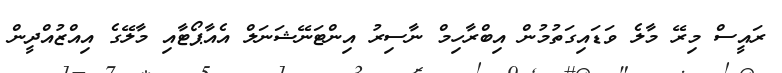
ރައީސް މިރޭ މާލެ ވަޑައިގަތުމުން އިބްރާހިމް ނާސިރު އިންޓަނޭޝަނަލް އެއާޕޯޓާއި މާލޭގެ އިއްޒުއްދީން